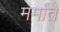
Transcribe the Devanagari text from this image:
मर्मांतें